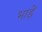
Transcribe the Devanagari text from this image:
भाड़ें